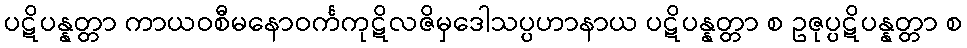
ပဋိပန္နတ္တာ ကာယဝစီမနောဝင်္ကကုဋိလဇိမှဒေါသပ္ပဟာနာယ ပဋိပန္နတ္တာ စ ဥဇုပ္ပဋိပန္နတ္တာ စ